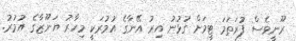
ރޫނީވެސް ފުރަތަމަ ޓީމަށް ގުޅުނު އިރު އޭނާގެ އުމުރަކީ މިހާރު ޔަނޫޒާގެ އުމުރު.